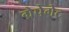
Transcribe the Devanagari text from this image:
ग्रेपेगेट